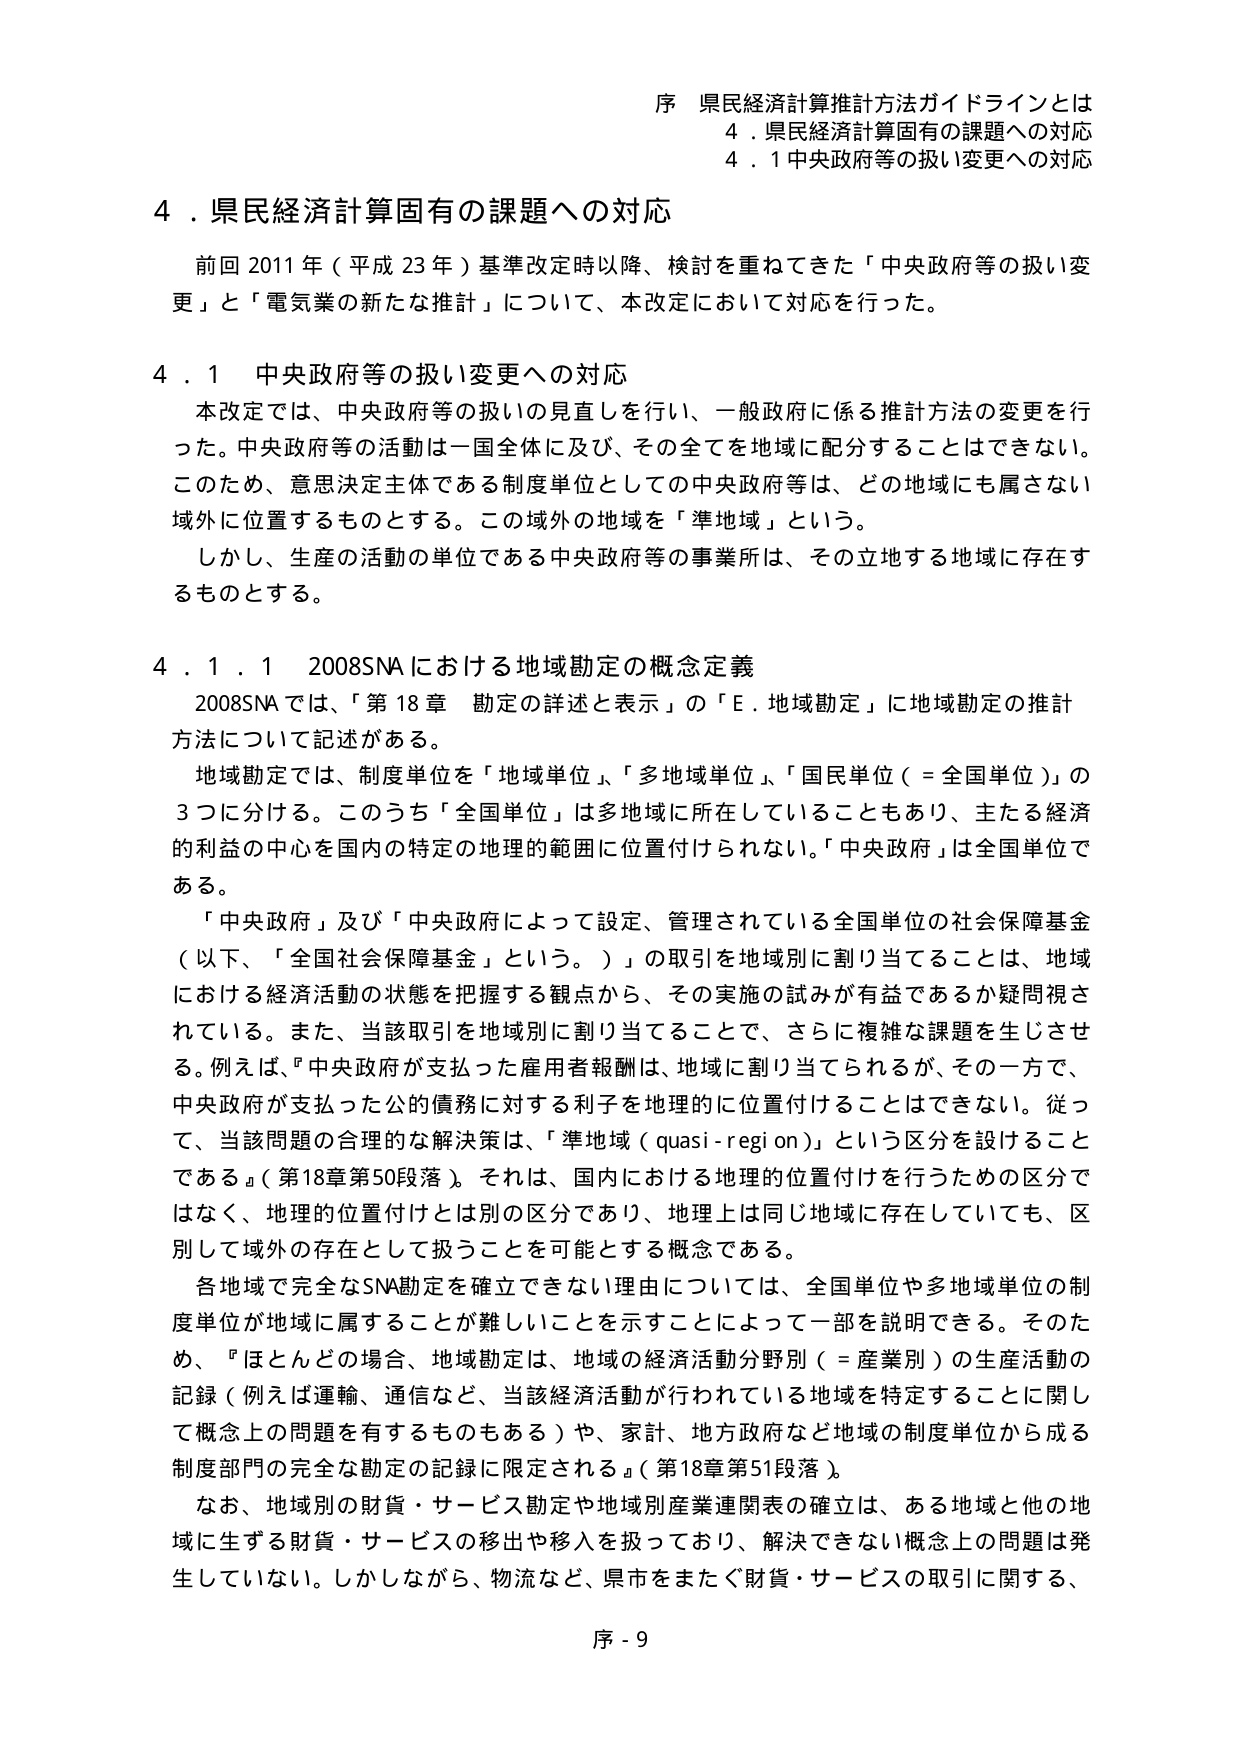
序 県民経済計算推計方法ガイドラインとは
4．県民経済計算固有の課題への対応
4．1 中央政府等の扱い変更への対応

4．県民経済計算固有の課題への対応
前回 2011 年（平成 23 年）基準改定時以降、検討を重ねてきた「中央政府等の扱い変更」と「電気業の新たな推計」について、本改定において対応を行った。

4．1 中央政府等の扱い変更への対応
本改定では、中央政府等の扱いの見直しを行い、一般政府に係る推計方法の変更を行った。中央政府等の活動は一国全体に及び、その全てを地域に配分することはできない。このため、意思決定主体である制度単位としての中央政府等は、どの地域にも属さない域外に位置するものとする。この域外の地域を「準地域」という。
しかし、生産の活動の単位である中央政府等の事業所は、その立地する地域に存在するものとする。

4．1．1 2008SNA における地域勘定の概念定義
2008SNA では、「第 18 章 勘定の詳述と表示」の「E．地域勘定」に地域勘定の推計方法について記述がある。
地域勘定では、制度単位を「地域単位」、「多地域単位」、「国民単位（＝全国単位）」の3つに分ける。このうち「全国単位」は多地域に所在していることもあり、主たる経済的利益の中心を国内の特定の地理的範囲に位置付けられない。「中央政府」は全国単位である。
「中央政府」及び「中央政府によって設定、管理されている全国単位の社会保障基金（以下、「全国社会保障基金」という。）」の取引を地域別に割り当てることは、地域における経済活動の状態を把握する観点から、その実施の試みが有益であるか疑問視されている。また、当該取引を地域別に割り当てることで、さらに複雑な課題を生じさせる。例えば、『中央政府が支払った雇用者報酬は、地域に割り当てられるが、その一方で、中央政府が支払った公的債務に対する利子を地理的に位置付けることはできない。従って、当該問題の合理的な解決策は、「準地域（quasi-region）」という区分を設けることである』（第18章第50段落）。それは、国内における地理的位置付けを行うための区分ではなく、地理的位置付けとは別の区分であり、地理上は同じ地域に存在していても、区別して域外の存在として扱うことを可能とする概念である。
各地域で完全なSNA勘定を確立できない理由については、全国単位や多地域単位の制度単位が地域に属することが難しいことを示すことによって一部を説明できる。そのため、『ほとんどの場合、地域勘定は、地域の経済活動分野別（＝産業別）の生産活動の記録（例えば運輸、通信など、当該経済活動が行われている地域を特定することに関して概念上の問題を有するものもある）や、家計、地方政府など地域の制度単位から成る制度部門の完全な勘定の記録に限定される』（第18章第51段落）。
なお、地域別の財貨・サービス勘定や地域別産業連関表の確立は、ある地域と他の地域に生ずる財貨・サービスの移出や移入を扱っており、解決できない概念上の問題は発生していない。しかしながら、物流など、県市をまたぐ財貨・サービスの取引に関する、

序 - 9